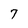
Character: 7